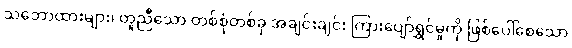
သဘောထားများ၊ တူညီသော တစ်စုံတစ်ခု အချင်းချင်း ကြားပျော်ရွှင်မှုကို ဖြစ်ပေါ်စေသော